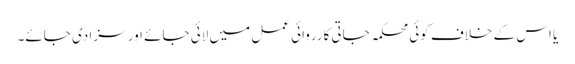
یا اس کے خلاف کوئی محکمہ جاتی کارروائی عمل میں لائی جائے اور سزا دی جائے۔